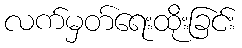
လက်မှတ်ရေးထိုးခြင်း